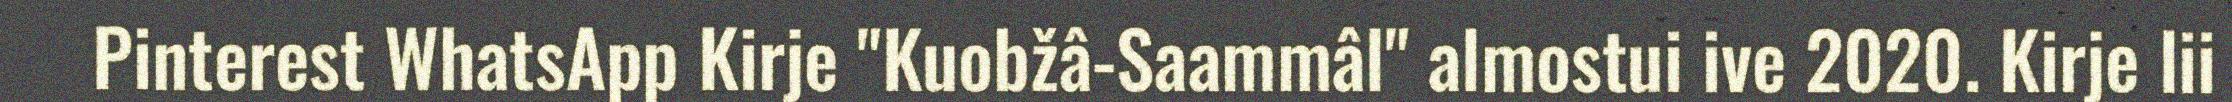
Pinterest WhatsApp Kirje "Kuobžâ-Saammâl" almostui ive 2020. Kirje lii